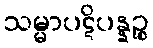
သမ္မာပဋိပန္နဉ္စ